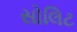
સોલિટ